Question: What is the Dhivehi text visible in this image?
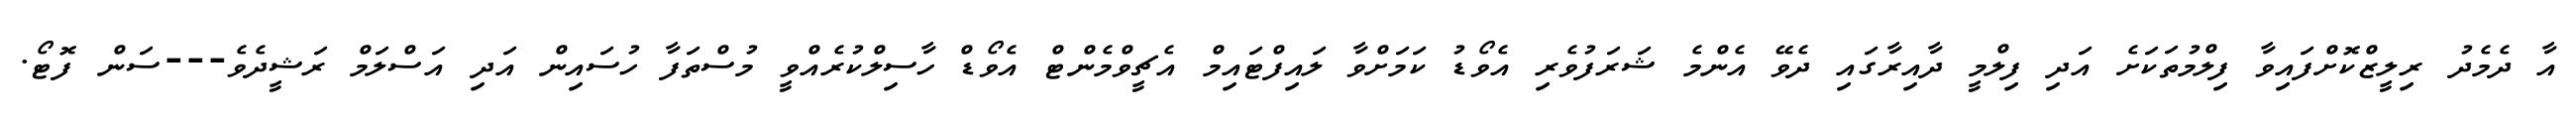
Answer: އާ ދެމެދު ރިލީޒްކޮށްފައިވާ ފިލްމުތަކަށެ އަދި ފިލްމީ ދާއިރާގައި ދެވޭ އެންމެ ޝަރަފުވެރި އެވޯޑު ކަމަށްވާ ލައިފްޓައިމް އެޗީވްމެންޓް އެވޯޑް ހާސިލްކުރެއްވީ މުސްތަފާ ހުސައިން އަދި އަސްލަމް ރަޝީދެވެ---ސަން ފޮޓޯ.